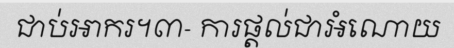
ជាប់អាករ។៣- ការផ្តល់ជាអំណោយ